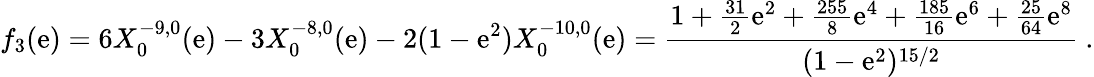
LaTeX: f_{3}(\mathrm{e})=6X_{0}^{-9,0}(\mathrm{e})-3X_{0}^{-8,0}(\mathrm{e})-2(1-\mathrm{e}^{2})X_{0}^{-10,0}(\mathrm{e})=\frac{{1+\frac{{31}}{{2}}\mathrm{e}^{2}+\frac{{255}}{{8}}\mathrm{e}^{4}+\frac{{185}}{{16}}\mathrm{e}^{6}+\frac{{25}}{{64}}\mathrm{e}^{8}}}{{(1-\mathrm{e}^{2})^{15/2}}}\ .